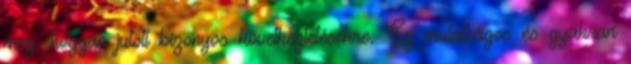
meg, hogyan jutott bizonyos következtetésekre. Ez mulatságos és gyakran